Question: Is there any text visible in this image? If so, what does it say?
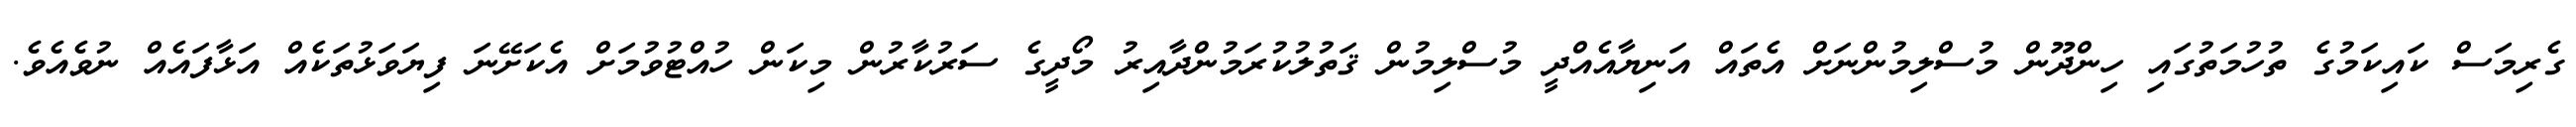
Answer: ގެރިމަސް ކައިކަމުގެ ތުހުމަތުގައި ހިންދޫން މުސްލިމުންނަށް އެތައް އަނިޔާއެއްދީ މުސްލިމުން ޤަތުލުކުރަމުންދާއިރު މޯދީގެ ސަރުކާރުން މިކަން ހުއްޓުވުމަށް އެކަށޭނަ ފިޔަވަޅުތަކެއް އަޅާފައެއް ނުވެއެވެ.